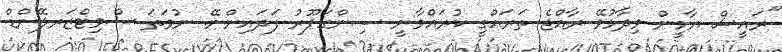
"ރައީސް ޔާމީން ވިދާޅުވޭ ރާއްޖެ ތަރައްގީ ކުރައްވާނީ ސިންގަޕޫރު ފަދައިންނޭ. ނުވަތަ ސްވިޓްޒަރލޭންޑް